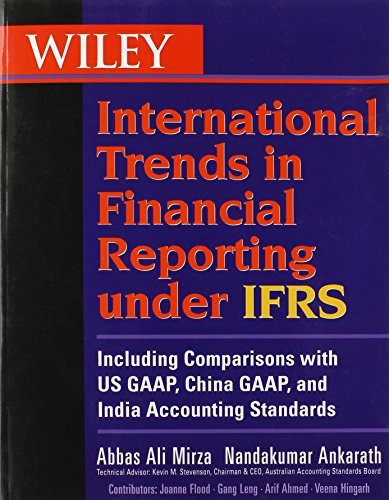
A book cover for Wiley International Trends in Financial Reporting under IFRS: Including Comparisons with US GAAP, Chinese GAAP, and Indian GAAP; Abbas A. Mirza; Business & Money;